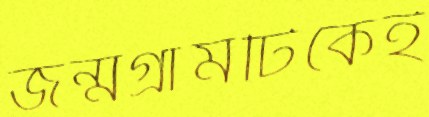
জন্মগ্রামটিকেই